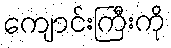
ကျောင်းကြီးကို